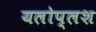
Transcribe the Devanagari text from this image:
यलोप्लश